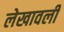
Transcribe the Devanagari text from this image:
लेखावली